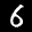
Label: 6